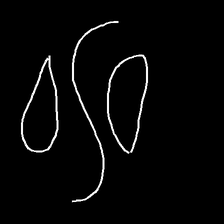
Glyph: water